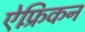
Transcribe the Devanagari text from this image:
ऐफ़्रिकन